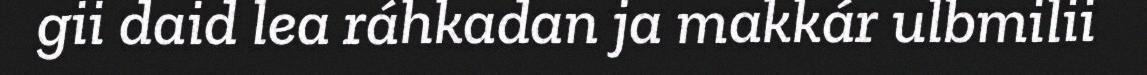
gii daid lea ráhkadan ja makkár ulbmilii